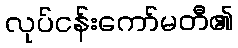
လုပ်ငန်းကော်မတီ၏